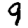
Digit: 9